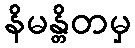
နိမန္တိတမှ